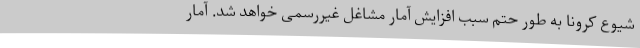
شیوع کرونا به طور حتم سبب افزایش آمار مشاغل غیررسمی خواهد شد. آمار